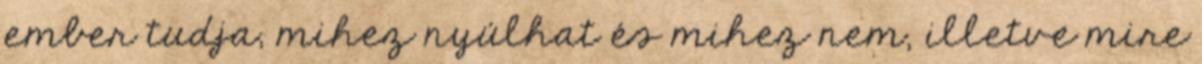
ember tudja, mihez nyúlhat és mihez nem, illetve mire